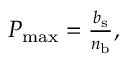
\begin{array} { r } { P _ { \mathrm { m a x } } = \frac { b _ { \mathrm { s } } } { n _ { \mathrm { b } } } , } \end{array}